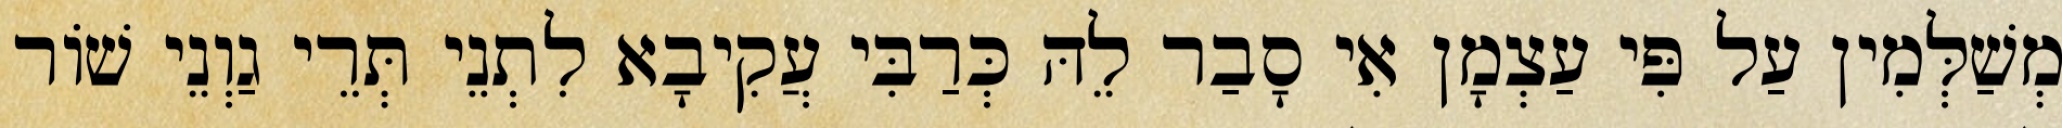
מְשַׁלְּמִין עַל פִּי עַצְמָן אִי סָבַר לֵהּ כְּרַבִּי עֲקִיבָא לִתְנֵי תְּרֵי גַוְנֵי שׁוֹר